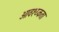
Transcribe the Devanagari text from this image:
आवश्य्कता